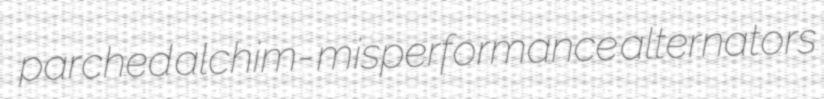
parched alchim- misperformance alternators